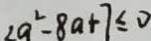
2 a ^ { 2 } - 8 a + 7 \leq 0